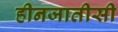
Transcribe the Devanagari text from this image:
हीनजातीसी